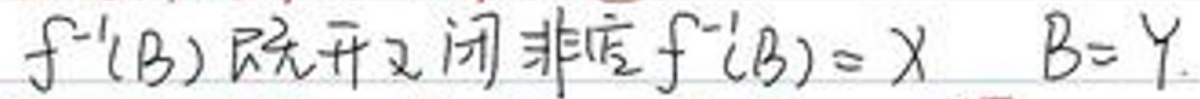
$f^{-1}(B) $既开又闭非空$ \ f^{-1}(B)=X\ B = Y.$